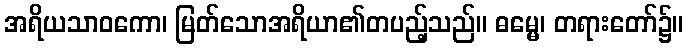
အရိယသာဝကော၊ မြတ်သောအရိယာ၏တပည့်သည်။ ဓမ္မေ၊ တရားတော်၌။